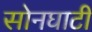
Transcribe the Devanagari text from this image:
सोनघाटी